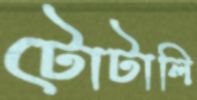
টোটালি